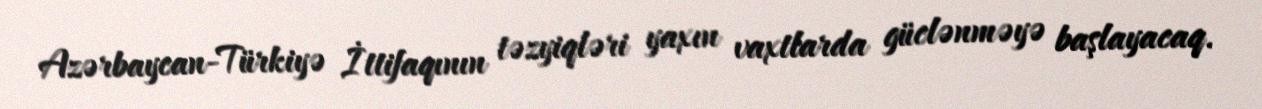
Azərbaycan-Türkiyə İttifaqının təzyiqləri yaxın vaxtlarda güclənməyə başlayacaq.